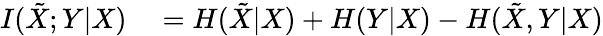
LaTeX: \begin{array}{rlr}{I(\tilde{X};Y|X)}&{{}=H(\tilde{X}|X)+H(Y|X)-H(\tilde{X},Y|X)}\end{array}